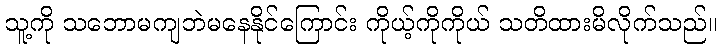
သူ့ကို သဘောမကျဘဲမနေနိုင်ကြောင်း ကိုယ့်ကိုကိုယ် သတိထားမိလိုက်သည်။